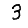
Digit: 3